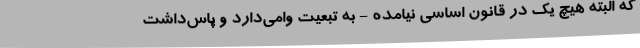
که البته هیچ یک در قانون اساسی نیامده - به تبعیت وامی‌دارد و پاس‌داشتِ